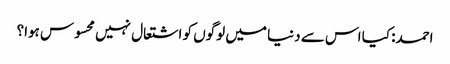
احمد: کیا اس سے دنیا میں لوگوں کو اشتعال نہیں محسوس ہوا؟